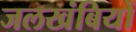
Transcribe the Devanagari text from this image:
जलखंबियों